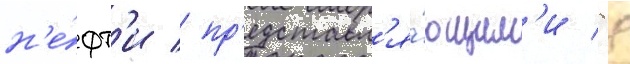
н'е́фт'и / пр'едставл'я́ющим'и 8